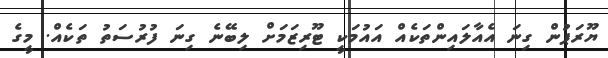
ޔޫރަޕުން ގިނަ އެއާލައިންތަކެއް އައުމަކީ ޓޫރިޒަމަށް ލިބޭނެ ގިނަ ފުރުސަތު ތަކެއް. މީގެ